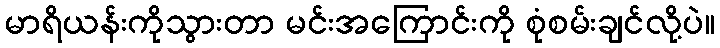
မာရိယန်းကိုသွားတာ မင်းအကြောင်းကို စုံစမ်းချင်လို့ပဲ။